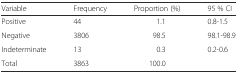
| Variable | Frequency | Proportion (%) | 95 % CI |
 | --- | --- | --- | --- |
 | Positive | 44 | 1.1 | 0.8-1.5 |
 | Negative | 3806 | 98.5 | 98.1-98.9 |
 | Indeterminate | 13 | 0.3 | 0.2-0.6 |
 | Total | 3863 | 100.0 |  |